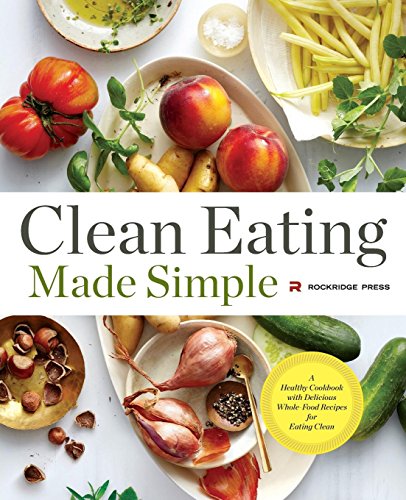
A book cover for Clean Eating Made Simple: A Healthy Cookbook with Delicious Whole-Food Recipes for Eating Clean; Rockridge Press; Health, Fitness & Dieting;